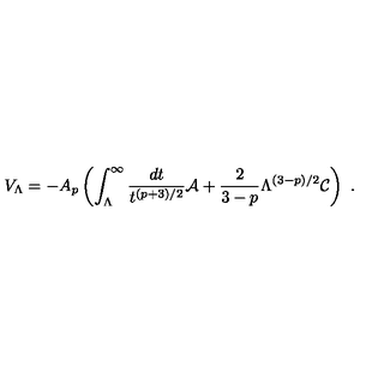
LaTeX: V _ { \Lambda } = - A _ { p } \left( \int _ { \Lambda } ^ { \infty } { \frac { d t } { t ^ { ( p + 3 ) / 2 } } } { \cal A } + { \frac { 2 } { 3 - p } } \Lambda ^ { ( 3 - p ) / 2 } { \cal C } \right) \ .